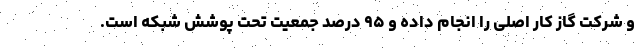
و شرکت گاز کار اصلی را انجام داده و ۹۵ درصد جمعیت تحت پوشش شبکه است.